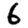
Digit: 6